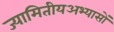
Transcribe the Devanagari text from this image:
ज्यामितीयअभ्यासों